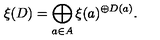
\xi ( D ) = \bigoplus _ { a \in A } \xi ( a ) ^ { \oplus D ( a ) } .